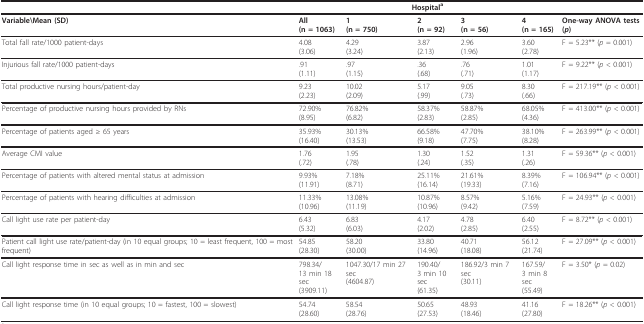
<table><thead><tr><td></td><td colspan="5"><b>Hospital<sup>a</sup></b></td><td></td></tr></thead><tbody><tr><td><b>Variable\Mean (SD)</b></td><td><b>All</b><b>(n = 1063)</b></td><td><b>1</b><b>(n = 750)</b></td><td><b>2</b><b>(n = 92)</b></td><td><b>3</b><b>(n = 56)</b></td><td><b>4</b><b>(n = 165)</b></td><td><b>One-way ANOVA tests (<i>p</i>)</b></td></tr><tr><td>Total fall rate/1000 patient-days</td><td>4.08(3.06)</td><td>4.29(3.24)</td><td>3.87(2.13)</td><td>2.96(1.96)</td><td>3.60(2.78)</td><td>F = 5.23** (<i>p </i>= 0.001)</td></tr><tr><td>Injurious fall rate/1000 patient-days</td><td>.91(1.11)</td><td>.97(1.15)</td><td>.36(.68)</td><td>.76(.71)</td><td>1.01(1.17)</td><td>F = 9.22** (<i>p </i>&lt; 0.001)</td></tr><tr><td>Total productive nursing hours/patient-day</td><td>9.23(2.23)</td><td>10.02(2.09)</td><td>5.17(.99)</td><td>9.05(.73)</td><td>8.30(.66)</td><td>F = 217.19** (<i>p </i>&lt; 0.001)</td></tr><tr><td>Percentage of productive nursing hours provided by RNs</td><td>72.90%(8.95)</td><td>76.82%(6.82)</td><td>58.37%(2.83)</td><td>58.87%(2.85)</td><td>68.05%(4.36)</td><td>F = 413.00** (<i>p </i>&lt; 0.001)</td></tr><tr><td>Percentage of patients aged ≥ 65 years</td><td>35.93%(16.40)</td><td>30.13%(13.53)</td><td>66.58%(9.18)</td><td>47.70%(7.75)</td><td>38.10%(8.28)</td><td>F = 263.99** (<i>p </i>&lt; 0.001)</td></tr><tr><td>Average CMI value</td><td>1.76(.72)</td><td>1.95(.78)</td><td>1.30(.24)</td><td>1.52(.35)</td><td>1.31(.26)</td><td>F = 59.36** (<i>p </i>&lt; 0.001)</td></tr><tr><td>Percentage of patients with altered mental status at admission</td><td>9.93%(11.91)</td><td>7.18%(8.71)</td><td>25.11%(16.14)</td><td>21.61%(19.33)</td><td>8.39%(7.16)</td><td>F = 106.94** (<i>p </i>&lt; 0.001)</td></tr><tr><td>Percentage of patients with hearing difficulties at admission</td><td>11.33%(10.96)</td><td>13.08%(11.19)</td><td>10.87%(10.96)</td><td>8.57%(9.42)</td><td>5.16%(7.59)</td><td>F = 24.93** (<i>p </i>&lt; 0.001)</td></tr><tr><td>Call light use rate per patient-day</td><td>6.43(5.32)</td><td>6.83(6.03)</td><td>4.17(2.02)</td><td>4.78(2.85)</td><td>6.40(2.55)</td><td>F = 8.72** (<i>p </i>&lt; 0.001)</td></tr><tr><td>Patient call light use rate/patient-day (in 10 equal groups; 10 = least frequent, 100 = most frequent)</td><td>54.85(28.30)</td><td>58.20(30.00)</td><td>33.80(14.96)</td><td>40.71(18.08)</td><td>56.12(21.74)</td><td>F = 27.09** (<i>p </i>&lt; 0.001)</td></tr><tr><td>Call light response time in sec as well as in min and sec</td><td>798.34/13 min 18 sec(3909.11)</td><td>1047.30/17 min 27 sec(4604.87)</td><td>190.40/3 min 10 sec(61.35)</td><td>186.92/3 min 7 sec(30.11)</td><td>167.59/3 min 8 sec(55.49)</td><td>F = 3.50* (<i>p </i>= 0.02)</td></tr><tr><td>Call light response time (in 10 equal groups; 10 = fastest, 100 = slowest)</td><td>54.74(28.60)</td><td>58.54(28.76)</td><td>50.65(27.53)</td><td>48.93(18.46)</td><td>41.16(27.80)</td><td>F = 18.26** (<i>p </i>&lt; 0.001)</td></tr></tbody></table>